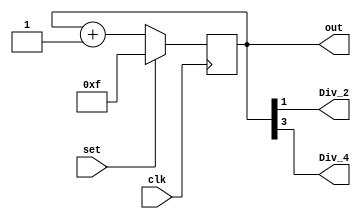
module four_Bit_counter_Beh_extra_2_outputs (clk, set, out, Div_2, Div_4);
	input  clk, set;
	output reg [3:0] out;
	output Div_2, Div_4;
	//out  = 0011
	//Div2 = 1
	//Div4 = 0

	assign Div_2 = out[1];
	assign Div_4 = out[3];

	always @(posedge clk) begin
		if(set)
			out <= ~0;
		else begin
			out <= out + 1;
		end
	end

endmodule